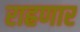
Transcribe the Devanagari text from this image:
राह्रणार